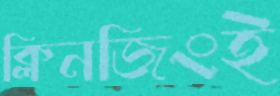
ক্লিনজিংই